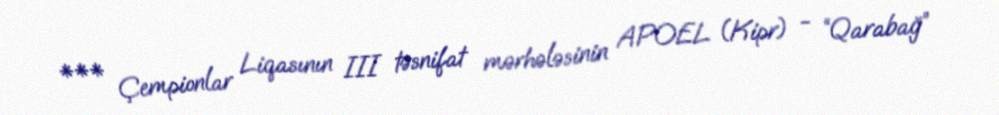
*** Çempionlar Liqasının III təsnifat mərhələsinin APOEL (Kipr) - “Qarabağ”